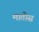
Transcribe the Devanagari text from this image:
मातोस